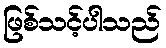
ဖြစ်သင့်ပါသည်